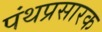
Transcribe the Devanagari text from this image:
पंथप्रसारक